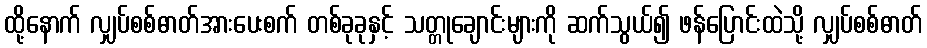
ထို့နောက် လျှပ်စစ်ဓာတ်အားပေးစက် တစ်ခုခုနှင့် သတ္တုချောင်းများကို ဆက်သွယ်၍ ဖန်ပြောင်းထဲသို့ လျှပ်စစ်ဓာတ်